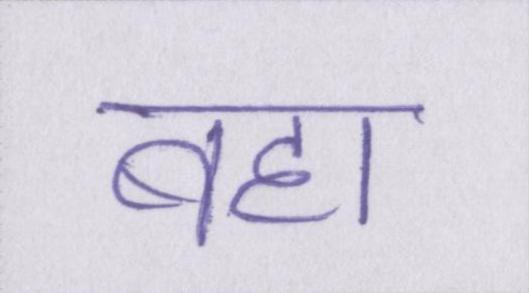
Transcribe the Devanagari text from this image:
बहा